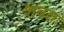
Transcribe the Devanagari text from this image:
शबत